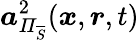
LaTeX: \boldsymbol{a}_{\mathit{\Pi}_{\overline{{S}}}}^{2}(\boldsymbol{x},\boldsymbol{r},t)